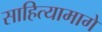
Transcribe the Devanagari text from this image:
साहित्यामागे